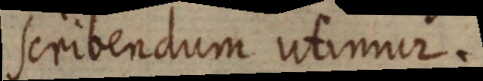
scribendum utimur.